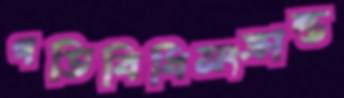
গতিবিধিসংক্রান্ত